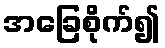
အခြေစိုက်၍